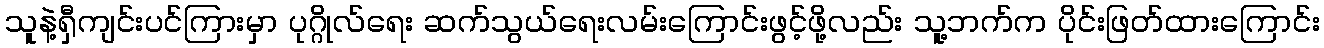
သူနဲ့ရှီကျင်းပင်ကြားမှာ ပုဂ္ဂိုလ်ရေး ဆက်သွယ်ရေးလမ်းကြောင်းဖွင့်ဖို့လည်း သူ့ဘက်က ပိုင်းဖြတ်ထားကြောင်း